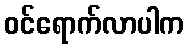
ဝင်ရောက်လာပါက